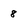
Character: 8